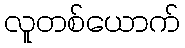
လူတစ်ယောက်